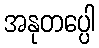
အနုတပ္ပေါ